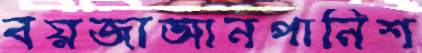
বয়জাআনপানিশ